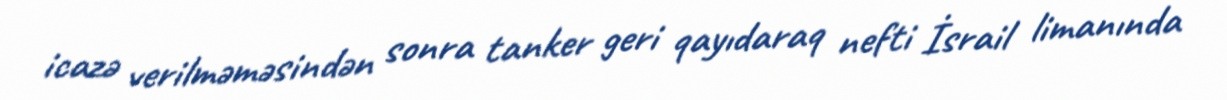
icazə verilməməsindən sonra tanker geri qayıdaraq nefti İsrail limanında